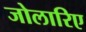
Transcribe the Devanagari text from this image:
जोलारिए